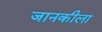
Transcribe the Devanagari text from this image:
जानकीला